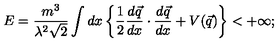
E = \frac { m ^ { 3 } } { \lambda ^ { 2 } \sqrt { 2 } } \int d x \left\{ \frac { 1 } { 2 } \frac { d \vec { q } } { d x } \cdot \frac { d \vec { q } } { d x } + V ( \vec { q } ) \right\} < + \infty ;